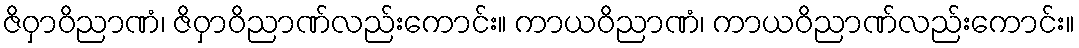
ဇိဝှာဝိညာဏံ၊ ဇိဝှာဝိညာဏ်လည်းကောင်း။ ကာယဝိညာဏံ၊ ကာယဝိညာဏ်လည်းကောင်း။